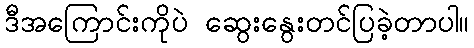
ဒီအကြောင်းကိုပဲ ဆွေးနွေးတင်ပြခဲ့တာပါ။